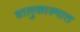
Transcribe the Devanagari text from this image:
वालुकाश्मात